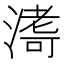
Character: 𭱹